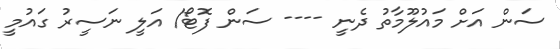
ސަން އަށް މައުލޫމާތު ދެނީ ---- ސަން ފޮޓޯ/ އަލީ ނަސީރު ގައުމީ